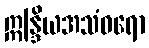
ဣန္ဒြိယအသံဝရော